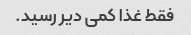
فقط غذا کمی دیر رسید.